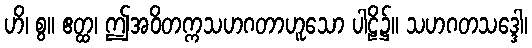
ဟိ၊ စွ။ ဧတ္ထ၊ ဤအဝိတက္ကသဟဂတာဟူသော ပါဠိ၌။ သဟဂတသဒ္ဒေါ၊